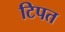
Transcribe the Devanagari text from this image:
टिपत